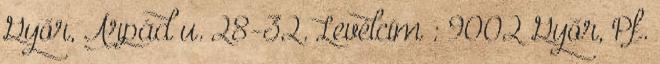
Győr, Árpád u. 28-32. Levélcím : 9002 Győr, Pf.